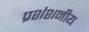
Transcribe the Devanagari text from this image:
प्रशंशनीय